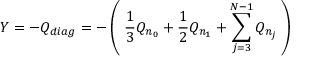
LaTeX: Y = - Q _ { d i a g } = - \left( \; \frac 1 3 Q _ { n _ { 0 } } + \frac 1 2 Q _ { n _ { 1 } } + \sum _ { j = 3 } ^ { N - 1 } Q _ { n _ { j } } \; \right)